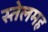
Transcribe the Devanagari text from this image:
स्तेलमह